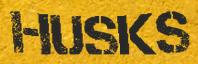
HUSKS